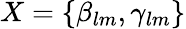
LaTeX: X=\left\lbrace{\beta_{lm},\gamma_{lm}}\right\rbrace